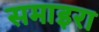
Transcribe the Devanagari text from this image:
समाइरा